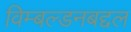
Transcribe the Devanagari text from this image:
विम्बल्डनबद्दल